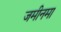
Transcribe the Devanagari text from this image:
जमीनमा